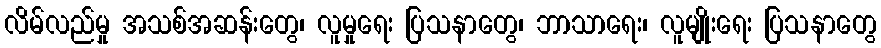
လိမ်လည်မှု အသစ်အဆန်းတွေ၊ လူမှုရေး ပြသနာတွေ၊ ဘာသာရေး၊ လူမျိုးရေး ပြသနာတွေ